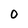
Character: 0